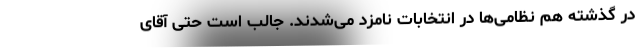
در گذشته هم نظامی‌ها در انتخابات نامزد می‌شدند. جالب است حتی آقای